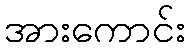
အားကောင်း